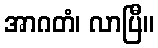
အာဂတံ၊ လာပြီ။